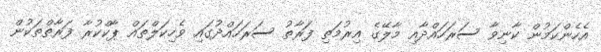
އެހެންކަމުން ކާނިވާ ސަރަހައްދާއި މާލޭގެ އިރުމަތި ފަރާތު ސަރަހައްދުގައި ވެހިކަލްތައް ޕާކްކުރާ ފަރާތްތަކުން